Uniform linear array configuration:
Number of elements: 16
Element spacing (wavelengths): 0.75
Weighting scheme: exponential
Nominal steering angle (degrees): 30
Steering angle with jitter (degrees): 29.0
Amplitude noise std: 0.05
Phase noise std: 0.05

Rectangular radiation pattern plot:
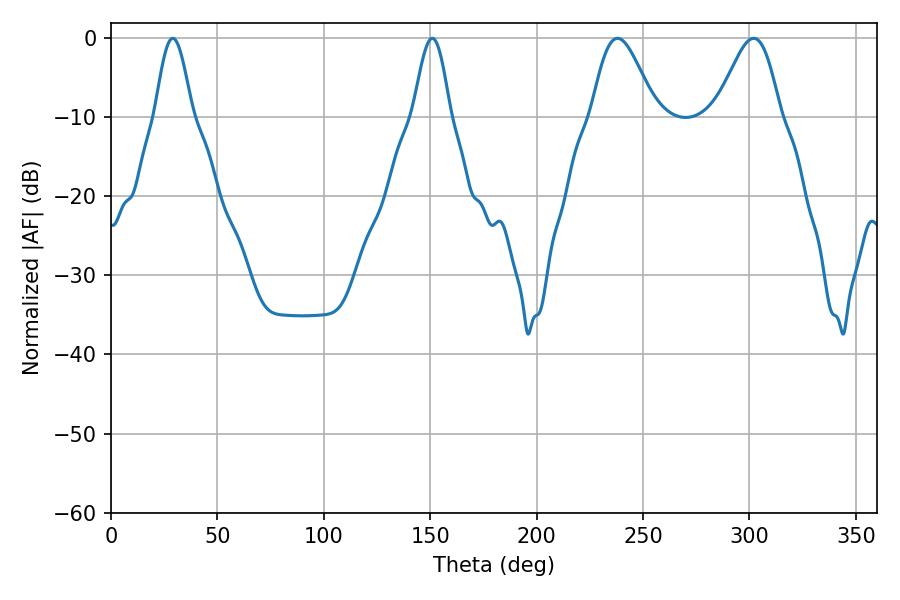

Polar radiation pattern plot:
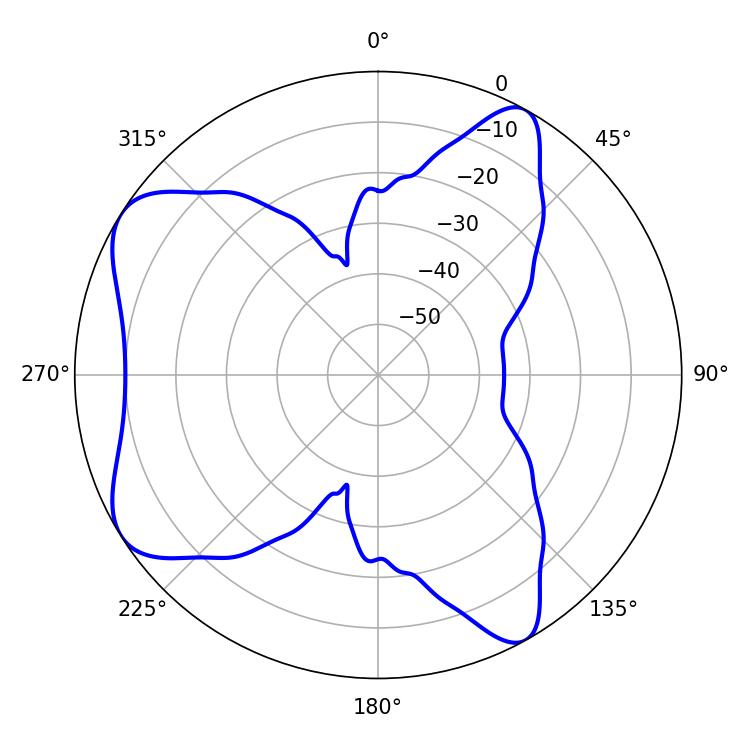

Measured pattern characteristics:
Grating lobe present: TRUE
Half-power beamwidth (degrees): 15.84
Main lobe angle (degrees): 237.96